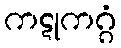
ကဋုကဂ္ဂံ